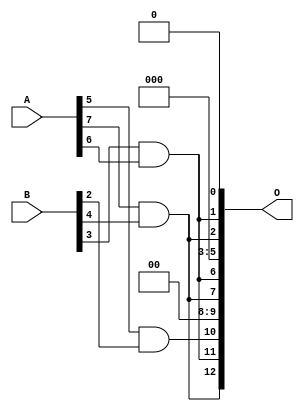
/***
* This code is a part of EvoApproxLib library (ehw.fit.vutbr.cz/approxlib) distributed under The MIT License.
* When used, please cite the following article(s): V. Mrazek, L. Sekanina, Z. Vasicek "Libraries of Approximate Circuits: Automated Design and Application in CNN Accelerators" IEEE Journal on Emerging and Selected Topics in Circuits and Systems, Vol 10, No 4, 2020 
* This file contains a circuit from a sub-set of pareto optimal circuits with respect to the pwr and mae parameters
***/
// MAE% = 8.06 %
// MAE = 660 
// WCE% = 29.46 %
// WCE = 2413 
// WCRE% = 700.00 %
// EP% = 96.47 %
// MRE% = 65.69 %
// MSE = 759638 
// PDK45_PWR = 0.00089 mW
// PDK45_AREA = 7.0 um2
// PDK45_DELAY = 0.04 ns

module mul8x5u_0AP (
    A,
    B,
    O
);

input [7:0] A;
input [4:0] B;
output [12:0] O;

wire sig_51,sig_52,sig_169,sig_224;

assign sig_51 = A[5] & B[2];
assign sig_52 = A[7] & B[4];
assign sig_169 = B[3] & A[6];
assign sig_224 = A[7] & B[4];

assign O[12] = sig_52;
assign O[11] = sig_169;
assign O[10] = sig_51;
assign O[9] = 1'b0;
assign O[8] = 1'b0;
assign O[7] = sig_52;
assign O[6] = sig_169;
assign O[5] = 1'b0;
assign O[4] = 1'b0;
assign O[3] = 1'b0;
assign O[2] = sig_224;
assign O[1] = sig_169;
assign O[0] = 1'b0;

endmodule